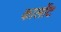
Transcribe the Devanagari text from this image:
कार्लोट